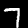
Digit: 7